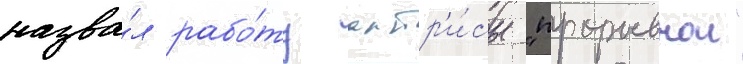
назва́л рабо́ту актр'и́сы "прорывнои"